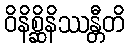
ဝိနိစ္ဆိနိဿန္တီတိ